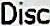
DISC